Medical and sanitary report on the native army of Bombay for the year
Year: 1877
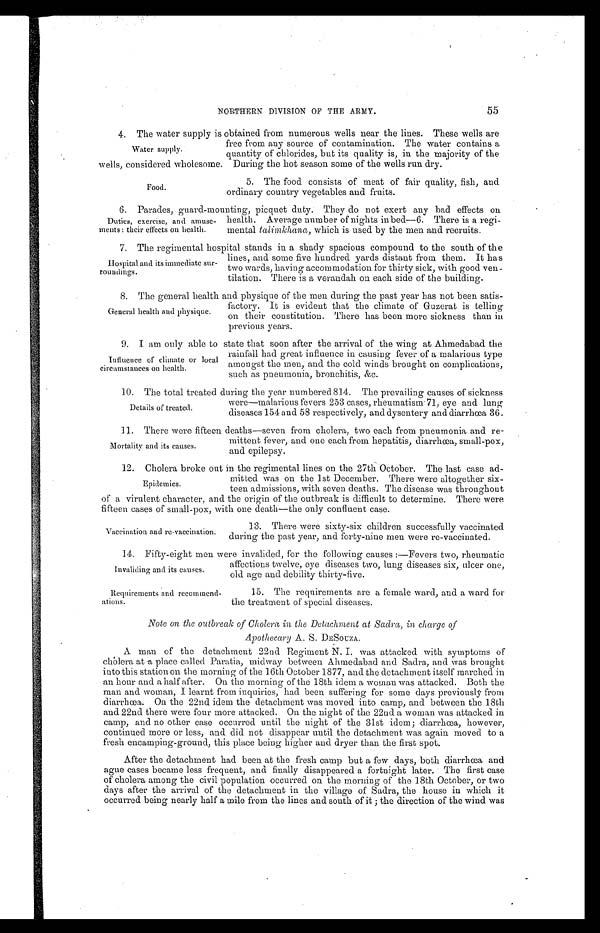
55
NORTHERN DIVISION OF THE ARMY.
4. The water supply is obtained from numerous wells near the lines. These wells are
free from any source of contamination. The water contains a
quantity of chlorides, but its quality is, in the majority of the
wells, considered wholesome. During the hot season some of the wells run dry.
5. The food consists of meat of fair quality, fish, and
ordinary country vegetables and fruits.
6 . P a r a d e s , g u a r d - m o u n t i n g , p i c q u e t d u t y . T h e y d o n o t e x e r t a n y b a d e f f e c t s o n
health. Average number of nights in bed—6. There is a regi-
mental talimkhana , which is used by the men and recruits.
7 . T h e r e g i m e n t a l h o s p i t a l s t a n d s i n a s h a d y s p a c i o u s c o m p o u n d t o t h e s o u t h o f t h e
lines, and some five hundred yards distant from them. It has
two wards, having accommodation for thirty sick, with good ven
-
tilation. There is a verandah on each side of the building.
8. The general health and physique of the men during the past year has not been satis
-
factory. It is evident that the climate of Guzerat is telling
on their constitution. There has been more sickness than in
previous years.
9 . I a m o n l y a b l e t o s t a t e t h a t s o o n a f t e r t h e a r r i v a l o f t h e w i n g a t A h m e d a b a d t h e
rainfall had great influence in causing fever of a malarious type
amongst the men, and the cold winds brought on complications,
such as pneumonia, bronchitis, &c.
10. The total treated during the year numbered 814. The prevailing causes of sickness
wer—malarious fevers 253 cases, rheumatism 71, eye and lung
diseases 154 and 58 respectively, and dysentery and diarrhœa 36.
11. There were fifteen deaths—seven from cholera, two each from pneumonia and re
-
mittent fever, and one each from hepatitis, diarrhœa, small-pox,
and epilepsy.
12. Cholera broke out in the regimental lines on the 27th October. The last case ad
-
mitted was on the 1st December. There were altogether six
-
teen admissions, with seven deaths. The disease was throughout
of a virulent character, and the origin of the outbreak is difficult to determine. There were
fifteen cases of small-pox, with one death—the only confluent case.
Water supply.
Food.
Duties, exercise, and amuse
-
ments: their effects on health.
Hospital and its immediate sur
-
roundings.
General health and physique.
Influence of climate or local
circumstances on health.
Details of treated.
Mortality and its causes.
Epidemics.
Vaccination and re-vaccination.
13. There were sixty-six children successfully vaccinated
during the past year, and forty-nine men were re-vaccinated.
14. Fifty-eight men were invalided, for the following causes:—Fevers two, rheumatic
affections twelve, eye diseases two, lung diseases six, ulcer one,
old age and debility thirty-five.
Invaliding and its causes.
Requirements and recommend-
ations.
15. The requirements are a female ward, and a ward for
the treatment of special diseases.
Note on the outbreak of Cholera in the Detachment at Sadra, in charge of
Apothecary A. S. DESOUZA.
A man of the detachment 22nd Regiment N. I. was attacked with symptoms of
cholera at a place called Paratia, midway between Ahmedabad and Sadra, and was brought
into this station on the morning of the 16th October 1877, and the detachment itself marched in
an hour and a half after. On the morning of the 18th idem a woman was attacked. Both the
man and woman, I learnt from inquiries, had been suffering for some days previously from
diarrhœa. On the 22nd idem the detachment was moved into camp, and between the 18th
and 22nd there were four more attacked. On the night of the 22nd a woman was attacked in
camp, and no other case occurred until the night of the 31st idem; diarrhœa, however,
continued more or less, and did not disappear until the detachment was again moved to a
fresh encamping-ground, this place being higher and dryer than the first spot.
After the detachment had been at the fresh camp but a few days, both diarrhœa and
ague cases became less frequent, and finally disappeared a fortnight later. The first case
of cholera among the civil population occurred on the morning of the 18th October, or two
days after the arrival of the detachment in the village of Sadra, the house in which it
occurred being nearly half a mile from the lines and south of it; the direction of the wind was